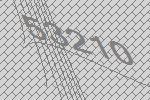
53210